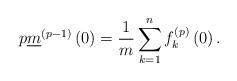
LaTeX: \begin{align*}p\underline{m}^{\left(p-1\right)}\left(0\right)=\frac{1}{m}\sum_{k=1}^nf^{\left(p\right)}_k\left(0\right).\end{align*}